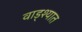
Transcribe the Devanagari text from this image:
वाड्श्यात